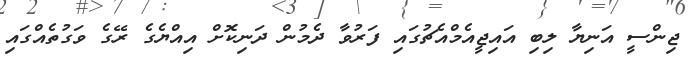
ޖިންސީ އަނިޔާ ލިބި އައިޖީއެމްއެޗުގައި ފަރުވާ ދެމުން ދަނިކޮށް އިއްޔެގެ ރޭގެ ވަގުތެއްގައި